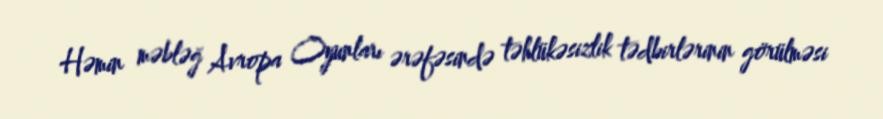
Həmin məbləğ Avropa Oyunları ərəfəsində təhlükəsizlik tədbirlərinin görülməsi